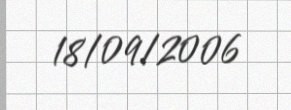
18/09/2006